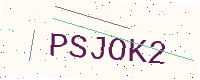
Text: PSJOK2